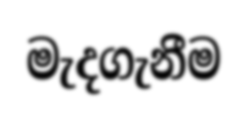
මැදගැනීම